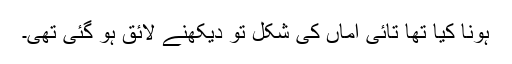
ہونا کیا تھا تائی اماں کی شکل تو دیکھنے لائق ہو گئی تھی۔